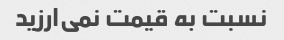
نسبت به قیمت نمی‌ارزید